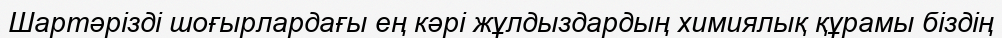
Шартәрізді шоғырлардағы ең кәрі жұлдыздардың химиялық құрамы біздің